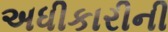
અધીકારીની